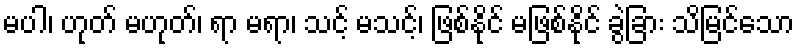
မပါ၊ ဟုတ် မဟုတ်၊ ရာ မရာ၊ သင့် မသင့်၊ ဖြစ်နိုင် မဖြစ်နိုင် ခွဲခြား သိမြင်သော